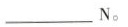
___ N。